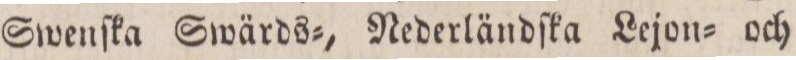
Swenſka Swärds=, Nederländſka Lejon= och